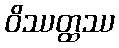
ဝိဿတ္ထဿ